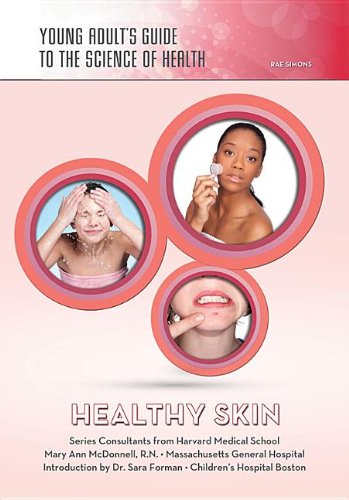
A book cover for Healthy Skin (Young Adult's Guide to the Science of Health); Rae Simons; Teen & Young Adult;